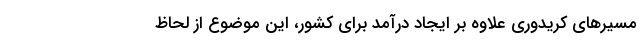
مسیرهای کریدوری علاوه بر ایجاد درآمد برای کشور، این موضوع از لحاظ